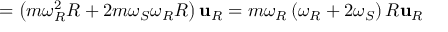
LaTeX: = \left( m \omega _ { R } ^ { 2 } R + 2 m \omega _ { S } \omega _ { R } R \right) \mathbf { u } _ { R } = m \omega _ { R } \left( \omega _ { R } + 2 \omega _ { S } \right) R \mathbf { u } _ { R }